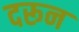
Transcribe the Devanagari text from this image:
दरून